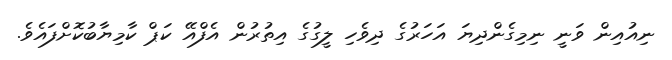
ނިއުއިން ވަނީ ނިމިގެންދިޔަ އަހަރުގެ ދިވެހި ލީގުގެ އިތުރުން އެފްއޭ ކަޕް ކާމިޔާބުކޮށްފައެވެ.